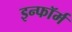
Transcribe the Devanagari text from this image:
इन्फॉर्म